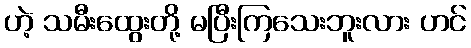
ဟဲ့ သမီးထွေးတို့ မပြီးကြသေးဘူးလား ဟင်